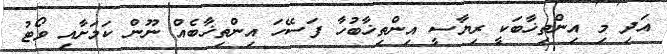
އަދި މި އިންތިޚާބަކީ ރިޔާސީ އިންތިޚާބުހާ ފަސޭހަ އިންތިޚާބެއް ނޫން ކަމަށާއި ވޯޓު